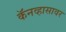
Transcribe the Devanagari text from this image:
कॅनव्हासावर